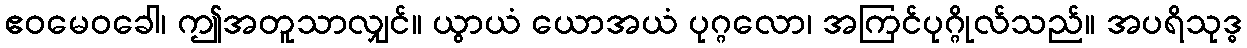
ဧဝမေဝခေါ၊ ဤအတူသာလျှင်။ ယွာယံ ယောအယံ ပုဂ္ဂလော၊ အကြင်ပုဂ္ဂိုလ်သည်။ အပရိသုဒ္ဓ